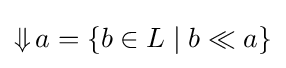
\mathop {\Downarrow } a=\{b\in L\mid b\ll a\}